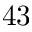
4 3